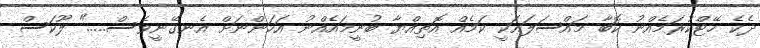
ދެކެ ހޭޓްކުރަމެއްނު ކޮބާ މައްސަލައަކީ ކަމެއް އޮތިއްޔާ ބުނީމައެއްނު އަހަންނަށް އެނގޭނީވެސް....." ލޫކަސް